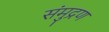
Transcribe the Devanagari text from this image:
संमुद्रण